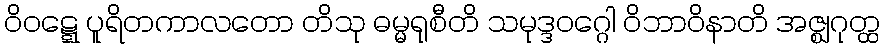
ဝိဝဋ္ဋေ ပူရိတကာလတော တိသု ဓမ္မရုစီတိ သမုဒ္ဒဝဂ္ဂေါ ဝိဘာဝိနာတိ အဇ္ဈဂုတ္ထ